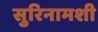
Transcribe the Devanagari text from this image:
सुरिनामशी